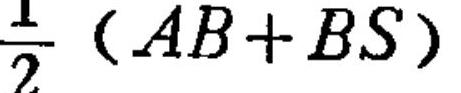
\(\dfrac{1}{2}(AB + BS)\)